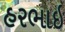
હરભાઇ